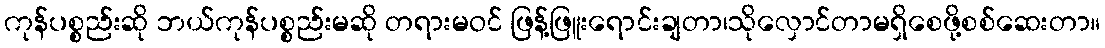
ကုန်ပစ္စည်းဆို ဘယ်ကုန်ပစ္စည်းမဆို တရားမဝင် ဖြန့်ဖြူးရောင်းချတာ၊သိုလှောင်တာမရှိစေဖို့စစ်ဆေးတာ။